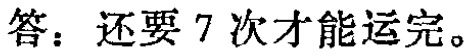
答：还要 7 次才能运完。